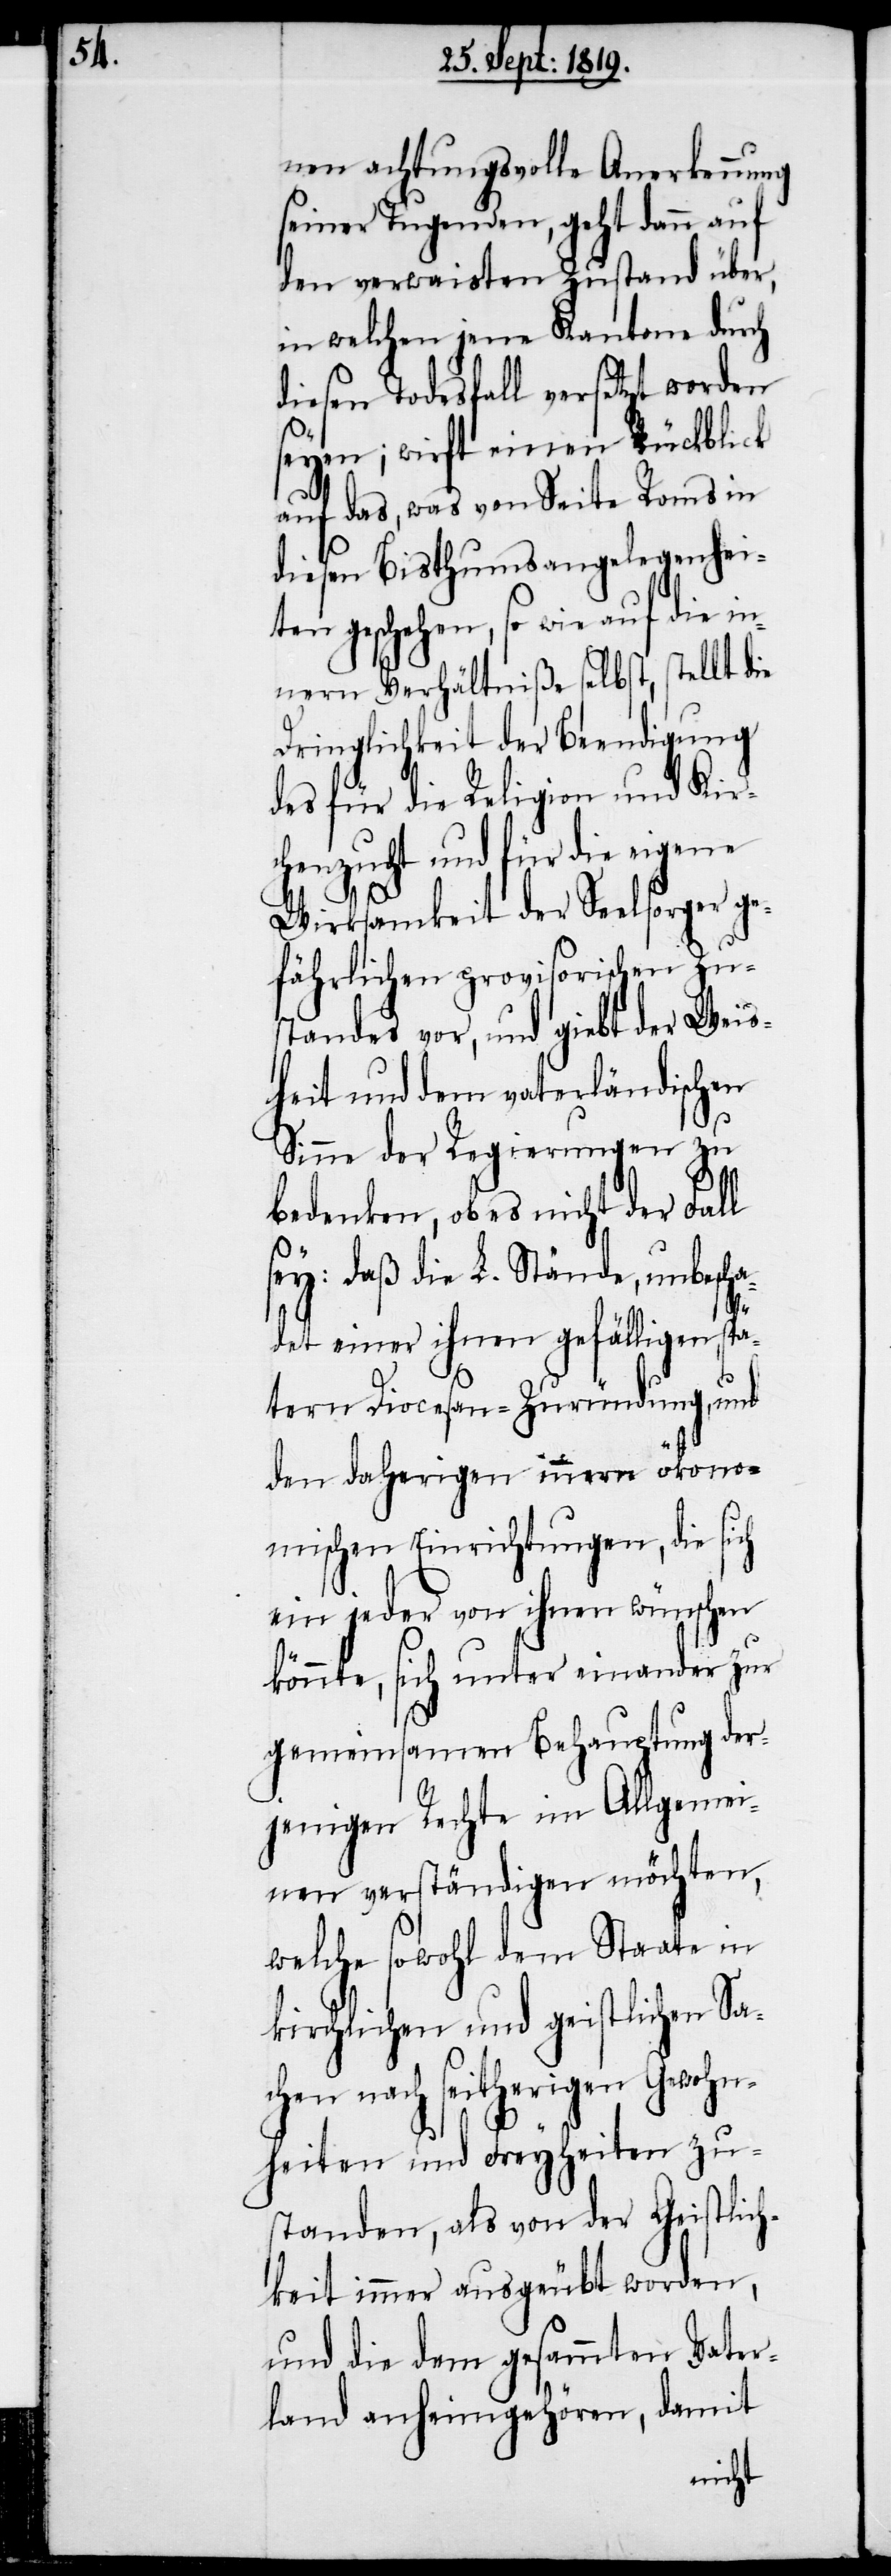
nen achtungsvolle Anerkennung
seiner Tugenden, geht dann auf
den verwaisten Zustand über,
in welchen jene Kantone durch
diesen Todesfall versetzt worden
seyen; wirft einen Rückblick
auf das, was von Seite Roms in
diesen Bisthumsangelegenhei¬
ten geschehen, so wie auf die in¬
nern Verhältniße selbst, stellt die
Dringlichkeit der Beendigung
des für die Religion und Kir¬
chenzucht und für die eigene
Wirksamkeit der Seelsorger ge¬
fährlichen provisorischen Zu¬
standes vor, und giebt der Weis¬
heit und dem vaterländischen
Sinne der Regierungen zu
bedenken, ob es nicht der Fall
sey: daß die L. Stände, unbescha¬
det einer ihnen gefälligen, spä¬
tern Diocesan-Zuründung
den daherigen innern ökono¬
mischen Einrichtungen, die sich
ein jeder von ihnen wünschen
könnte, sich unter einander zur
gemeinsamen Behauptung der¬
jenigen Rechte im Allgemei¬
nen verständigen möchten,
welche sowohl dem Staate in
kirchlichen und geistlichen Sa¬
chen nach seitherigen Gewohn¬
heiten und Freyheiten zu¬
standen, als von der Geistlich¬
keit immer ausgeübt worden,
und die dem gesammten Vater¬
land anheimgehören, damit